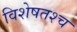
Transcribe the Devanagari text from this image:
विशेषतश्च